Report on vaccination in Madras 1877-1894 - 1877-1894
Year: 1877
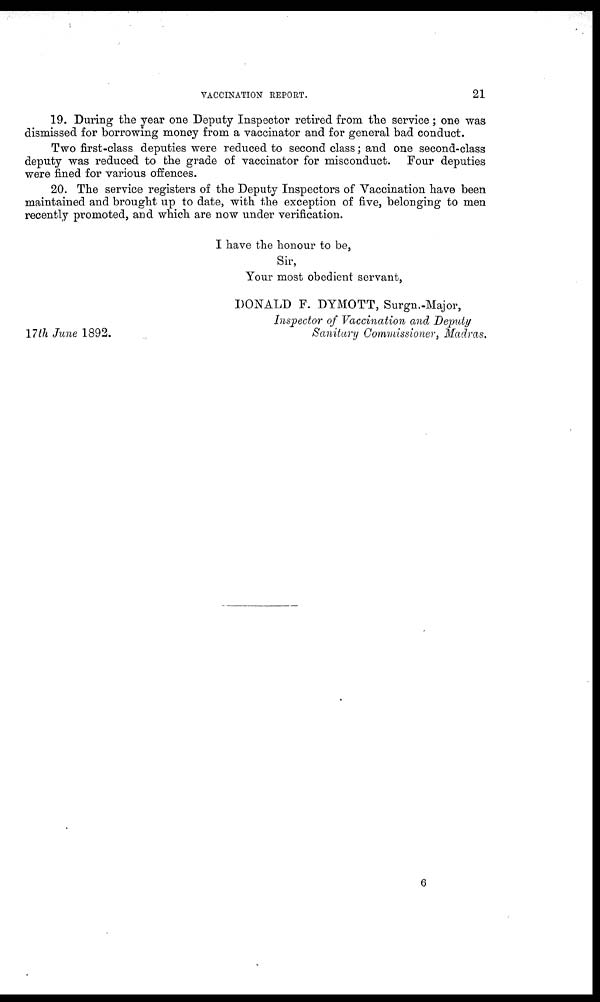
VACCINATION REPORT.
21
19. During the year one Deputy Inspector retired from the service; one was
dismissed for borrowing money from a vaccinator and for general bad conduct.
Two first-class deputies were reduced to second class; and one second-class
deputy was reduced to the grade of vaccinator for misconduct. Four deputies
were fined for various offences.
20. The service registers of the Deputy Inspectors of Vaccination have been
maintained and brought up to date, with the exception of five, belonging to men
recently promoted, and which are now under verification.
I have the honour to be,
Sir,
Your most obedient servant,
DONALD F. DYMOTT, Surgn.-Major,
Inspector of Vaccination and Deputy
Sanitary Commissioner, Madras.
17th June 1892.